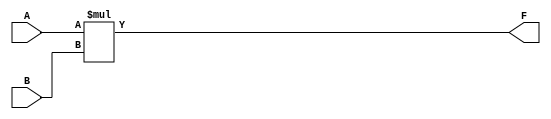
module Mult(F, A, B);
    input[15:0] A, B;
	 output [15:0] F;

	assign F = A*B;
endmodule